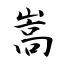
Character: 嵩